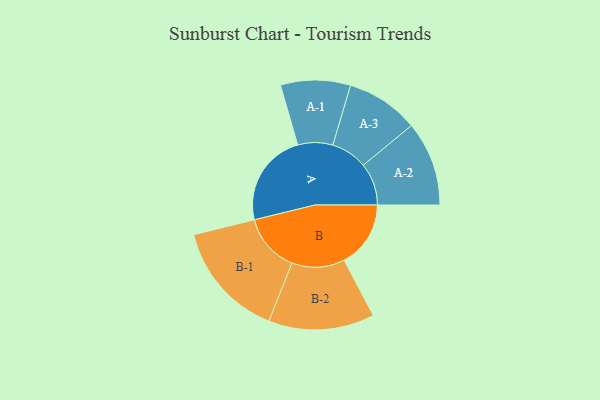
{"axis": {"x": "Segment", "y": "Value"}, "legend": ["", "A", "B"], "data": [{"x": "A", "y": 395, "type": ""}, {"x": "B", "y": 280, "type": ""}, {"x": "A-1", "y": 147, "type": "A"}, {"x": "A-2", "y": 178, "type": "A"}, {"x": "A-3", "y": 153, "type": "A"}, {"x": "B-1", "y": 246, "type": "B"}, {"x": "B-2", "y": 223, "type": "B"}]}